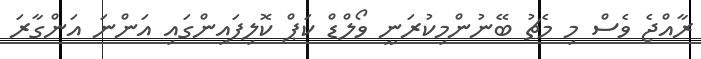
ރާއްޖެ ވެސް މި މެޗު ބޭނުންމިކުރަނީ ވޯލްޑް ކަޕް ކޮލިފައިންގައި އަންނަ އަންގާރަ